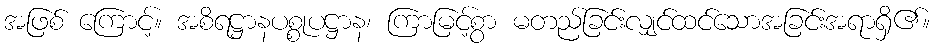
အဖြစ် ကြောင့်။ အစိရဋ္ဌာနပစ္စုပဋ္ဌာန၊ ကြာမြင့်စွာ မတည်ခြင်းလျှင်ထင်သောအခြင်းအရာရှိ၏။